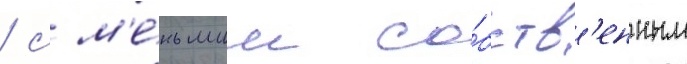
/ с м'е́ньшим со́бств'енным